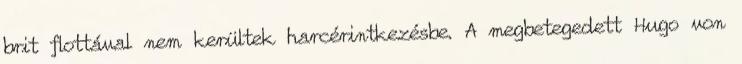
brit flottával nem kerültek harcérintkezésbe. A megbetegedett Hugo von